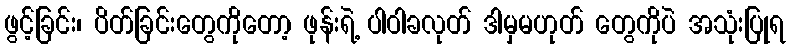
ဖွင့်ခြင်း၊ ပိတ်ခြင်းတွေကိုတော့ ဖုန်းရဲ့ ပါဝါခလုတ် ဒါမှမဟုတ် တွေကိုပဲ အသုံးပြုရ